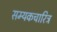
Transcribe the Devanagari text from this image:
सम्यकचारित्र